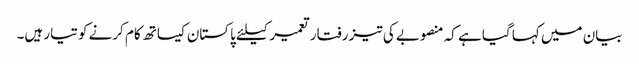
بیان میں کہا گیا ہے کہ منصوبے کی تیز رفتار تعمیر کیلئے پاکستان کیساتھ کام کرنے کو تیار ہیں۔